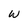
Character: W